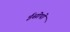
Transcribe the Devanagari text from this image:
ईसोपो